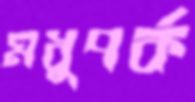
মধুপর্ক